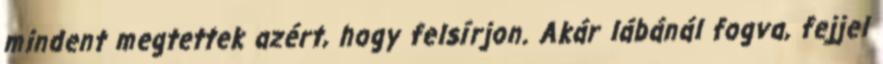
mindent megtettek azért, hogy felsírjon. Akár lábánál fogva, fejjel